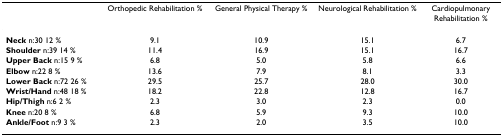
|  | Orthopedic Rehabilitation % | General Physical Therapy % | Neurological Rehabilitation % | Cardiopulmonary Rehabilitation % |
 | --- | --- | --- | --- | --- |
 | Neck n:30 12 % | 9.1 | 10.9 | 15.1 | 6.7 |
 | Shoulder n:39 14 % | 11.4 | 16.9 | 15.1 | 16.7 |
 | Upper Back n:15 9 % | 6.8 | 5.0 | 5.8 | 6.6 |
 | Elbow n:22 8 % | 13.6 | 7.9 | 8.1 | 3.3 |
 | Lower Back n:72 26 % | 29.5 | 25.7 | 28.0 | 30.0 |
 | Wrist/Hand n:48 18 % | 18.2 | 22.8 | 12.8 | 16.7 |
 | Hip/Thigh n:6 2 % | 2.3 | 3.0 | 2.3 | 0.0 |
 | Knee n:20 8 % | 6.8 | 5.9 | 9.3 | 10.0 |
 | Ankle/Foot n:9 3 % | 2.3 | 2.0 | 3.5 | 10.0 |